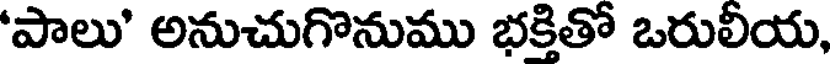
'పాలు' అనుచుగొనుము భక్తితో ఒరులీయ,